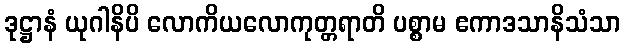
ဒုဋ္ဌာနံ ယုဂါနိပိ လောကိယလောကုတ္တရာတိ ပစ္စာမ ဧကာဒသာနိသံသာ